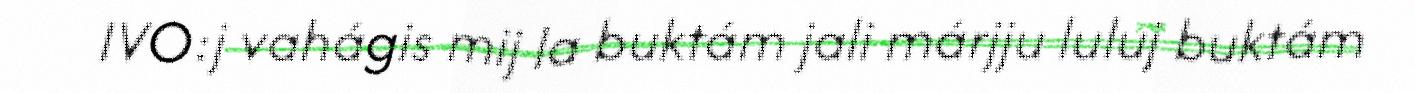
IVO:j vahágis mij la buktám jali márjju luluj buktám